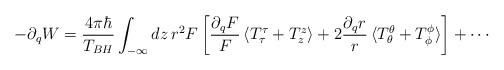
\begin{align*}-\partial_q W = \frac{4\pi \hbar}{T_{BH}}\int_{-\infty} dz\,r^2 F\,\biggl[\frac{\partial_q F}{F}\,\langle T^{\tau}_{\tau}+T^{z}_{z} \rangle+2\frac{\partial_q r}{r}\, \langle T^{\theta}_{\theta}+T^{\phi}_{\phi}\rangle\biggr]+\cdots\end{align*}